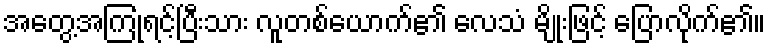
အတွေ့အကြုံရင့်ပြီးသား လူတစ်ယောက်၏ လေသံ မျိုးဖြင့် ပြောလိုက်၏။